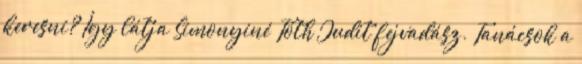
keresni? Így látja Simonyiné Tóth Judit fejvadász. Tanácsok a